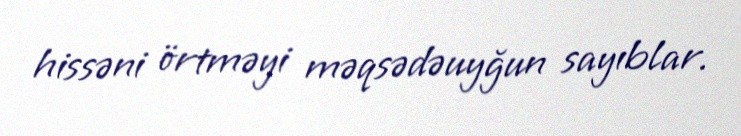
hissəni örtməyi məqsədəuyğun sayıblar.